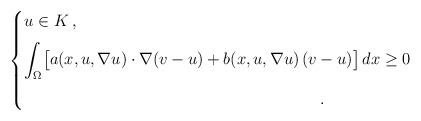
LaTeX: \begin{align*}\begin{cases}u\in K\,,\\\noalign{\medskip}\displaystyle{\int_{\Omega}\bigl[a(x,u,\nabla u)\cdot\nabla (v-u) +b(x,u,\nabla u)\,(v-u)\bigr]\,dx \geq 0}\\\noalign{\medskip}\qquad\qquad\qquad\qquad\qquad\qquad\qquad\qquad\qquad\,.\end{cases}\end{align*}